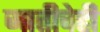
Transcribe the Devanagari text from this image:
जातीचेही